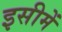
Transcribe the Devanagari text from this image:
इसीमें